Annual report of the Punjab Veterinary College and of the Civil Veterinary Department, Punjab - 1909-1919
Year: 1909
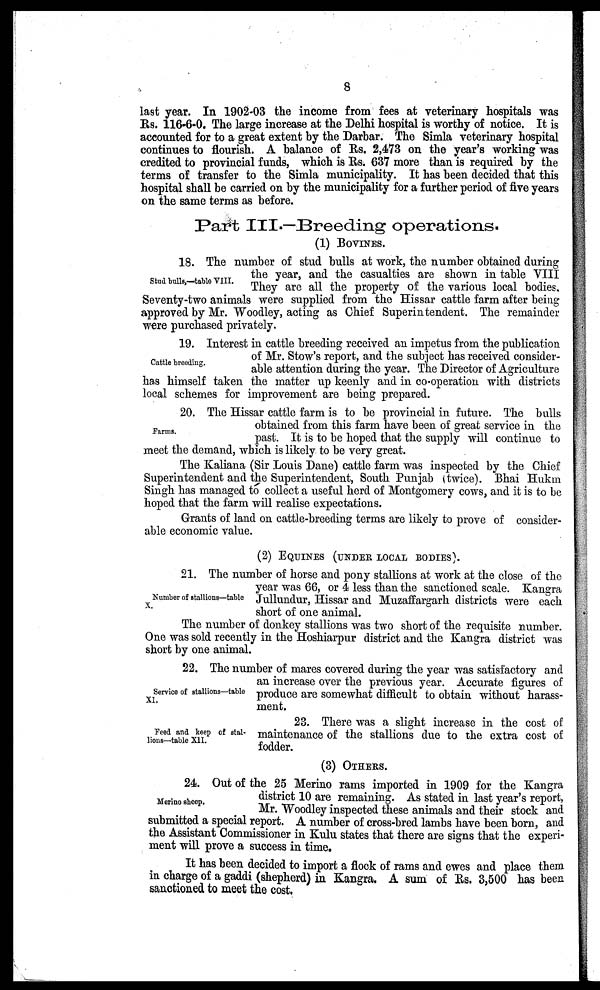
8
last year. In 1902-03 the income from fees at veterinary hospitals was
Rs. 116-6-0. The large increase at the Delhi hospital is worthy of notice. It is
accounted for to a great extent by the Darbar. The Simla veterinary hospital
continues to flourish. A balance of Rs. 2,473 on the year's working was
credited to provincial funds, which is Rs. 637 more than is required by the
terms of transfer to the Simla municipality. It has been decided that this
hospital shall be carried on by the municipality for a further period of five years
on the same terms as before.
Part III.—Breeding operations.
(1) BOVINES.
Stud bulls,—table VIII.
18. The number of stud bulls at work, the number obtained during
the year, and the casualties are shown in table VIII
They are all the property of the various local bodies.
Seventy-two animals were supplied from the Hissar cattle farm after being
approved by Mr. Woodley, acting as Chief Superintendent. The remainder
were purchased privately.
Cattle breeding.
19. Interest in cattle breeding received an impetus from the publication
of Mr. Stow's report, and the subject has received consider-
able attention during the year. The Director of Agriculture
has himself taken the matter up keenly and in co-operation with districts
local schemes for improvement are being prepared.
Farms.
20. The Hissar cattle farm is to be provincial in future. The bulls
obtained from this farm have been of great service in the
past. It is to be hoped that the supply will continue to
meet the demand, which is likely to be very great.
The Kaliana (Sir Louis Dane) cattle farm was inspected by the Chief
Superintendent and the Superintendent, South Punjab (twice). Bhai Hukm
Singh has managed to collect a useful herd of Montgomery cows, and it is to be
hoped that the farm will realise expectations.
Grants of land on cattle-breeding terms are likely to prove of consider-
able economic value.
(2) EQUINES (UNDER LOCAL BODIES).
Number of stallions—table
X.
21. The number of horse and pony stallions at work at the close of the
year was 66, or 4 less than the sanctioned scale. Kangra
Jullundur, Hissar and Muzaffargarh districts were each
short of one animal.
The number of donkey stallions was two short of the requisite number.
One was sold recently in the Hoshiarpur district and the Kangra district was
short by one animal.
Service of stallions—table
XI.
22. The number of mares covered during the year was satisfactory and
an increase over the previous year. Accurate figures of
produce are somewhat difficult to obtain without harass-
ment.
Feed and keep of stal-
lions—table XII.
23. There was a slight increase in the cost of
maintenance of the stallions due to the extra cost of
fodder.
(3) OTHERS.
Merino sheep.
24. Out of the 25 Merino rams imported in 1909 for the Kangra
district 10 are remaining. As stated in last year's report,
Mr. Woodley inspected these animals and their stock and
submitted a special report. A number of cross-bred lambs have been born, and
the Assistant Commissioner in Kulu states that there are signs that the experi-
ment will prove a success in time.
It has been decided to import a flock of rams and ewes and place them
in charge of a gaddi (shepherd) in Kangra. A sum of Rs. 3,500 has been
sanctioned to meet the cost.